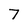
Character: 7